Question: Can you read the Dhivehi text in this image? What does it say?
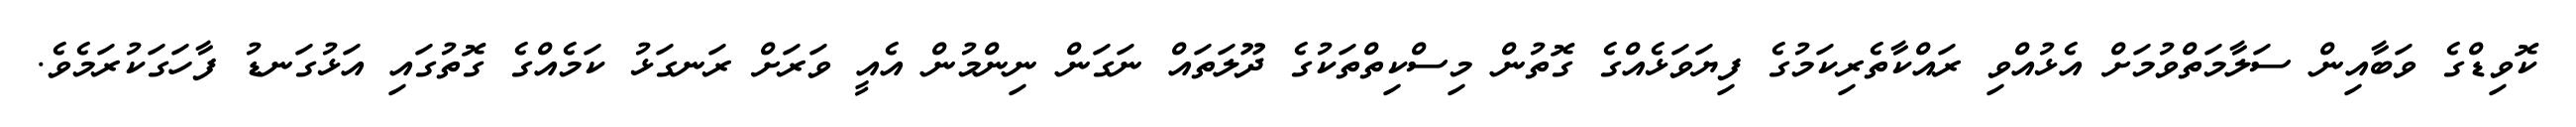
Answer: ކޮވިޑްގެ ވަބާއިން ސަލާމަތްވުމަށް އެޅުއްވި ރައްކާތެރިކަމުގެ ފިޔަވަޅެއްގެ ގޮތުން މިސްކިތްތަކުގެ ދޫލަތައް ނަގަން ނިންމުން އެއީ ވަރަށް ރަނގަޅު ކަމެއްގެ ގޮތުގައި އަޅުގަނޑު ފާހަގަކުރަމެވެ.